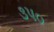
૩પ૦